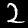
Label: 2